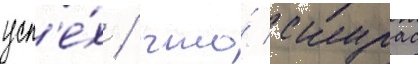
усп'е́х / что́ скурас